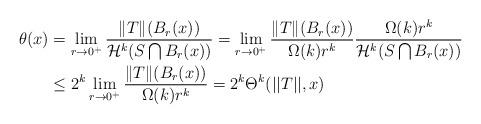
LaTeX: \begin{align*}\theta(x) &= \lim_{r\rightarrow 0^+} \frac{\| T \|(B_{r}(x))}{\mathcal{H}^k(S\bigcap B_r(x))}= \lim_{r\rightarrow 0^+} \frac{\| T \|(B_{r}(x))}{\Omega(k)r^k} \frac{\Omega(k)r^k}{\mathcal{H}^k(S\bigcap B_r(x))}\\&\leq 2^k\lim_{r\rightarrow 0^+} \frac{\| T \|(B_{r}(x))}{\Omega(k)r^k}= 2^k\Theta^k(||T|| , x)\end{align*}